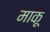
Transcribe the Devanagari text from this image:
माकू